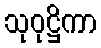
သုဝုဋ္ဌိကာ